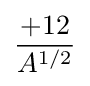
+12 \over A^{1/2}